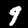
Digit: 9